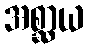
အစ္ဆာယ